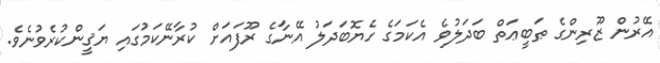
އޭރުން ޒޫރިންގެ ޠަބީޢަތް ބަދަލުވެ އެކަމަގެ ހެޔޮބަދަލު އޭނާގެ ރޫފައަށް ކުރާނޭކަމުގައި ޔަޤީންކުރެވުނެވެ.